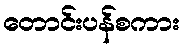
တောင်းပန်စကား